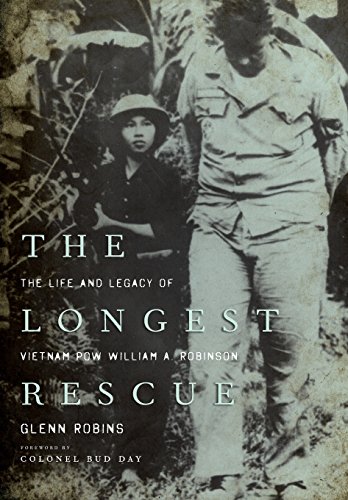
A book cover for The Longest Rescue: The Life and Legacy of Vietnam POW William A. Robinson; Glenn Robins; History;